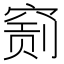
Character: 𥧂